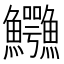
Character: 𲍅